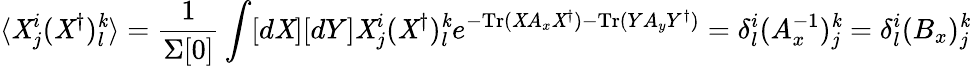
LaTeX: \langle\mathit{X}_{j}^{i}(\mathit{X}^{\dagger})_{l}^{\mathit{k}}\rangle=\frac{{1}}{{\Sigma[0]}}\int[d\mathit{X}][dY]\mathit{X}_{j}^{i}(\mathit{X}^{\dagger})_{l}^{\mathit{k}}e^{-\mathrm{{Tr}}(\mathit{X}A_{x}\mathit{X}^{\dagger})-\mathrm{{Tr}}(YA_{y}Y^{\dagger})}=\delta_{l}^{i}(A_{x}^{-1})_{j}^{\mathit{k}}=\delta_{l}^{i}(B_{x})_{j}^{\mathit{k}}